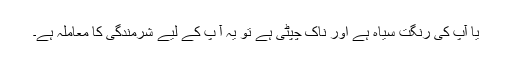
یا آپ کی رنگت سیاہ ہے اور ناک چپٹی ہے تو یہ آ پ کے لیے شرمندگی کا معاملہ ہے۔